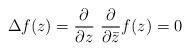
LaTeX: \begin{align*}\Delta f(z)=\frac{\partial}{\partial z} ~\frac{\partial}{\partial\bar{z}}f(z)=0\end{align*}